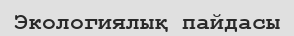
Экологиялық пайдасы